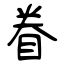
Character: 眷